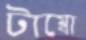
টাম্বো